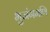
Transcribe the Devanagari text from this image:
भुजंगमणि